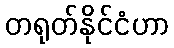
တရုတ်နိုင်ငံဟာ